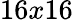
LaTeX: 16x16